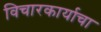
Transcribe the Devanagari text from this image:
विचारकार्याचा